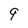
Character: 9